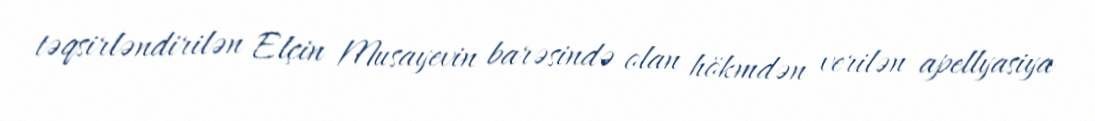
təqsirləndirilən Elçin Musayevin barəsində olan hökmdən verilən apellyasiya